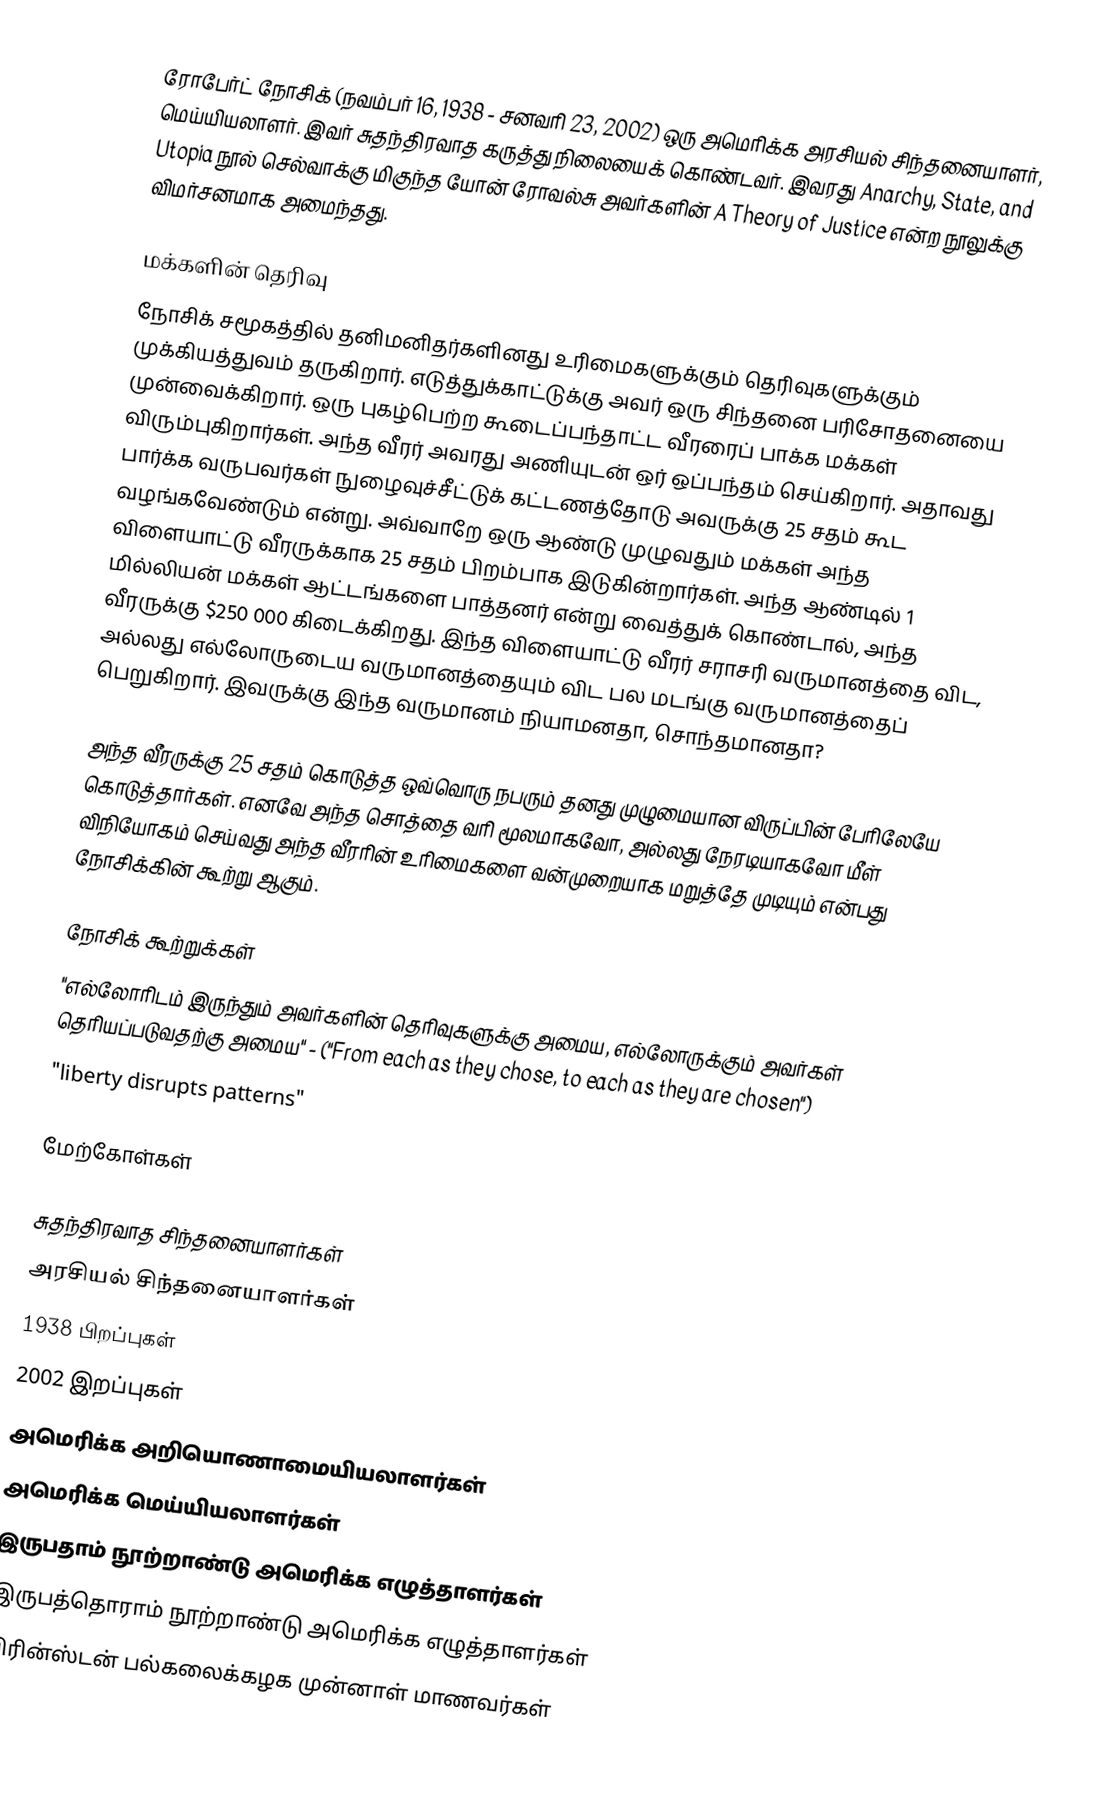
ரோபேர்ட் நோசிக் (நவம்பர் 16, 1938 - சனவரி 23, 2002) ஒரு அமெரிக்க அரசியல் சிந்தனையாளர், மெய்யியலாளர்.  இவர் சுதந்திரவாத கருத்து நிலையைக் கொண்டவர். இவரது Anarchy, State, and Utopia நூல் செல்வாக்கு மிகுந்த யோன் ரோவல்சு அவர்களின் A Theory of Justice என்ற நூலுக்கு விமர்சனமாக அமைந்தது.

மக்களின் தெரிவு
நோசிக் சமூகத்தில் தனிமனிதர்களினது உரிமைகளுக்கும் தெரிவுகளுக்கும் முக்கியத்துவம் தருகிறார். எடுத்துக்காட்டுக்கு அவர் ஒரு சிந்தனை பரிசோதனையை முன்வைக்கிறார். ஒரு புகழ்பெற்ற கூடைப்பந்தாட்ட வீரரைப் பாக்க மக்கள் விரும்புகிறார்கள். அந்த வீரர் அவரது அணியுடன் ஒர் ஒப்பந்தம் செய்கிறார். அதாவது பார்க்க வருபவர்கள் நுழைவுச்சீட்டுக் கட்டணத்தோடு அவருக்கு 25 சதம் கூட வழங்கவேண்டும் என்று.  அவ்வாறே ஒரு ஆண்டு முழுவதும் மக்கள் அந்த விளையாட்டு வீரருக்காக 25 சதம் பிறம்பாக இடுகின்றார்கள். அந்த ஆண்டில் 1 மில்லியன் மக்கள் ஆட்டங்களை பாத்தனர் என்று வைத்துக் கொண்டால், அந்த வீரருக்கு $250 000 கிடைக்கிறது. இந்த விளையாட்டு வீரர் சராசரி வருமானத்தை விட, அல்லது எல்லோருடைய வருமானத்தையும் விட பல மடங்கு வருமானத்தைப் பெறுகிறார். இவருக்கு இந்த வருமானம் நியாமனதா, சொந்தமானதா?

அந்த வீரருக்கு 25 சதம் கொடுத்த ஒவ்வொரு நபரும் தனது முழுமையான விருப்பின் பேரிலேயே கொடுத்தார்கள். எனவே அந்த சொத்தை வரி மூலமாகவோ, அல்லது நேரடியாகவோ மீள் விநியோகம் செய்வது அந்த வீரரின் உரிமைகளை வன்முறையாக மறுத்தே முடியும் என்பது நோசிக்கின் கூற்று ஆகும்.

நோசிக் கூற்றுக்கள்
 "எல்லோரிடம் இருந்தும் அவர்களின் தெரிவுகளுக்கு அமைய, எல்லோருக்கும் அவர்கள் தெரியப்படுவதற்கு அமைய" - ("From each as they chose, to each as they are chosen")
 "liberty disrupts patterns"

மேற்கோள்கள்

சுதந்திரவாத சிந்தனையாளர்கள்
அரசியல் சிந்தனையாளர்கள்
1938 பிறப்புகள்
2002 இறப்புகள்
அமெரிக்க அறியொணாமையியலாளர்கள்
அமெரிக்க மெய்யியலாளர்கள்
இருபதாம் நூற்றாண்டு அமெரிக்க எழுத்தாளர்கள்
இருபத்தொராம் நூற்றாண்டு அமெரிக்க எழுத்தாளர்கள்
பிரின்ஸ்டன் பல்கலைக்கழக முன்னாள் மாணவர்கள்